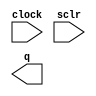
// megafunction wizard: %LPM_COUNTER%VBB%
// GENERATION: STANDARD
// VERSION: WM1.0
// MODULE: LPM_COUNTER 

// ============================================================
// Megafunction Name(s):
// 			LPM_COUNTER
//
// Simulation Library Files(s):
// 			lpm
// ============================================================
// ************************************************************
// THIS IS A WIZARD-GENERATED FILE. DO NOT EDIT THIS FILE!
//
// 16.1.0 Build 196 10/24/2016 SJ Lite Edition
// ************************************************************

//Copyright (C) 2016  Intel Corporation. All rights reserved.
//Your use of Intel Corporation's design tools, logic functions 
//and other software and tools, and its AMPP partner logic 
//functions, and any output files from any of the foregoing 
//(including device programming or simulation files), and any 
//associated documentation or information are expressly subject 
//to the terms and conditions of the Intel Program License 
//Subscription Agreement, the Intel Quartus Prime License Agreement,
//the Intel MegaCore Function License Agreement, or other 
//applicable license agreement, including, without limitation, 
//that your use is for the sole purpose of programming logic 
//devices manufactured by Intel and sold by Intel or its 
//authorized distributors.  Please refer to the applicable 
//agreement for further details.

module varcnt (
	clock,
	sclr,
	q);

	input	  clock;
	input	  sclr;
	output	[11:0]  q;

endmodule

// ============================================================
// CNX file retrieval info
// ============================================================
// Retrieval info: PRIVATE: ACLR NUMERIC "0"
// Retrieval info: PRIVATE: ALOAD NUMERIC "0"
// Retrieval info: PRIVATE: ASET NUMERIC "0"
// Retrieval info: PRIVATE: ASET_ALL1 NUMERIC "1"
// Retrieval info: PRIVATE: CLK_EN NUMERIC "0"
// Retrieval info: PRIVATE: CNT_EN NUMERIC "0"
// Retrieval info: PRIVATE: CarryIn NUMERIC "0"
// Retrieval info: PRIVATE: CarryOut NUMERIC "0"
// Retrieval info: PRIVATE: Direction NUMERIC "0"
// Retrieval info: PRIVATE: INTENDED_DEVICE_FAMILY STRING "MAX 10"
// Retrieval info: PRIVATE: ModulusCounter NUMERIC "0"
// Retrieval info: PRIVATE: ModulusValue NUMERIC "0"
// Retrieval info: PRIVATE: SCLR NUMERIC "1"
// Retrieval info: PRIVATE: SLOAD NUMERIC "0"
// Retrieval info: PRIVATE: SSET NUMERIC "0"
// Retrieval info: PRIVATE: SSET_ALL1 NUMERIC "1"
// Retrieval info: PRIVATE: SYNTH_WRAPPER_GEN_POSTFIX STRING "0"
// Retrieval info: PRIVATE: nBit NUMERIC "12"
// Retrieval info: PRIVATE: new_diagram STRING "1"
// Retrieval info: LIBRARY: lpm lpm.lpm_components.all
// Retrieval info: CONSTANT: LPM_DIRECTION STRING "UP"
// Retrieval info: CONSTANT: LPM_PORT_UPDOWN STRING "PORT_UNUSED"
// Retrieval info: CONSTANT: LPM_TYPE STRING "LPM_COUNTER"
// Retrieval info: CONSTANT: LPM_WIDTH NUMERIC "12"
// Retrieval info: USED_PORT: clock 0 0 0 0 INPUT NODEFVAL "clock"
// Retrieval info: USED_PORT: q 0 0 12 0 OUTPUT NODEFVAL "q[11..0]"
// Retrieval info: USED_PORT: sclr 0 0 0 0 INPUT NODEFVAL "sclr"
// Retrieval info: CONNECT: @clock 0 0 0 0 clock 0 0 0 0
// Retrieval info: CONNECT: @sclr 0 0 0 0 sclr 0 0 0 0
// Retrieval info: CONNECT: q 0 0 12 0 @q 0 0 12 0
// Retrieval info: GEN_FILE: TYPE_NORMAL varcnt.v TRUE
// Retrieval info: GEN_FILE: TYPE_NORMAL varcnt.inc FALSE
// Retrieval info: GEN_FILE: TYPE_NORMAL varcnt.cmp FALSE
// Retrieval info: GEN_FILE: TYPE_NORMAL varcnt.bsf FALSE
// Retrieval info: GEN_FILE: TYPE_NORMAL varcnt_inst.v TRUE
// Retrieval info: GEN_FILE: TYPE_NORMAL varcnt_bb.v TRUE
// Retrieval info: LIB_FILE: lpm